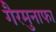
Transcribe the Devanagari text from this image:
गैरमुनाफा